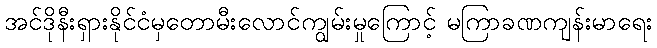
အင်ဒိုနီးရှားနိုင်ငံမှတောမီးလောင်ကျွမ်းမှုကြောင့် မကြာခဏကျန်းမာရေး